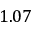
1 . 0 7